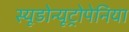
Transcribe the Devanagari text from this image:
स्यूडोन्यूट्रोपेनिया